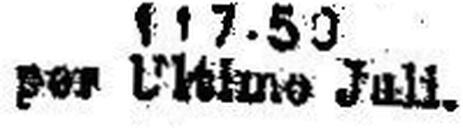
per Utimo Juli